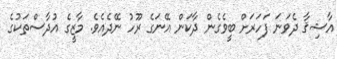
އާޝިޤާ ދެވަނަ ފަަހަރަށް ބީވެގެން ދާކަން އޭނަގެ ރޫހު ނޭދެއެވެ. މާޒީގެ އުދާސްތަކުގެ